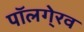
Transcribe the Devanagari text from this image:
पॉलगे्रव